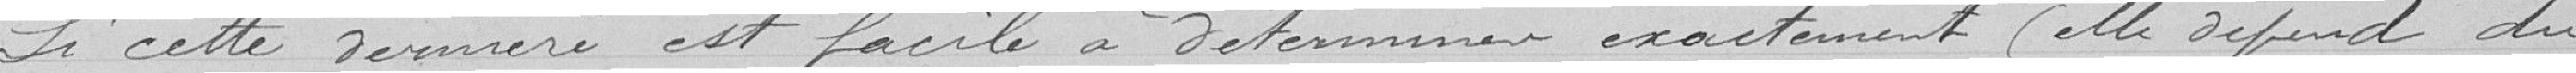
Si cette dernière est facile à déterminer exactement (elle dépend du